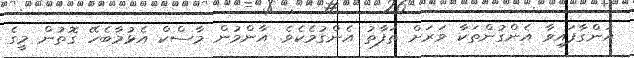
އަންގާފައިވާ އެންގުންތަކާ ވަރަށް ތަފާތު އެންގުމެކެވެ. އާންމުން މާސްކް އެޅުމާބެހޭ ގޮތުން މީގެ